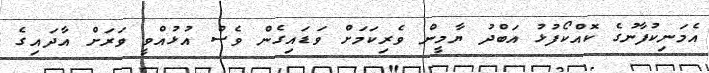
އެމަނިކުފާނުގެ ކޮއްކޯފުޅު އަބްދު ޔާމީން ވެރިކަމަށް ވަޑައިގެން ވެސް އުޅުއްވީ ވަރަށް އާދައިގެ